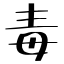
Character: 毒